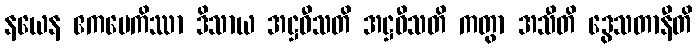
နယေန ဧကမေကိဿာ ဒိသာယ အဋ္ဌဝီသတိ အဋ္ဌဝီသတိ ကတွာ အသီတိ ဒွေသတာနီတိ